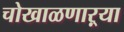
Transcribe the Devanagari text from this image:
चोखाळणाऱ्या